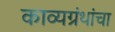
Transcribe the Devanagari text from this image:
काव्यग्रंथांचा